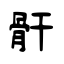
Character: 骭